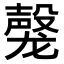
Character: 𬺝